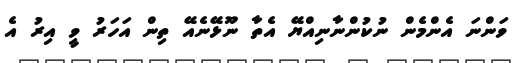
ވަންނަ އެންމެން ނުކުންނާނިއްޔޭ އެތާ ނޫޅޭނެއޭ ތިން އަހަރު ވީ އިރު އެ